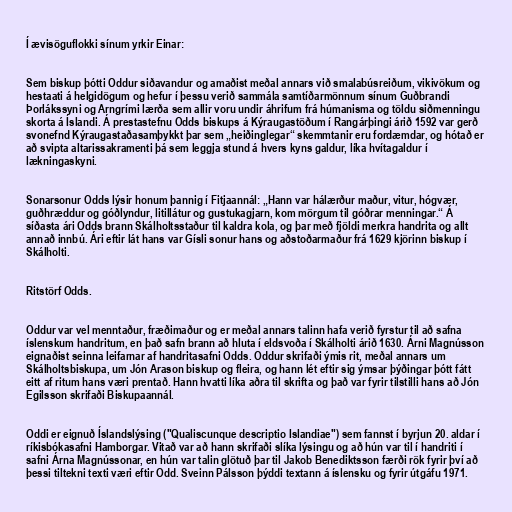
Í ævisöguflokki sínum yrkir Einar:

Sem biskup þótti Oddur siðavandur og amaðist meðal annars við smalabúsreiðum, vikivökum og
hestaati á helgidögum og hefur í þessu verið sammála samtíðarmönnum sínum Guðbrandi
Þorlákssyni og Arngrími lærða sem allir voru undir áhrifum frá húmanisma og töldu siðmenningu
skorta á Íslandi. Á prestastefnu Odds biskups á Kýraugastöðum í Rangárþingi árið 1592 var gerð
svonefnd Kýraugastaðasamþykkt þar sem „heiðinglegar“ skemmtanir eru fordæmdar, og hótað er
að svipta altarissakramenti þá sem leggja stund á hvers kyns galdur, líka hvítagaldur í
lækningaskyni.

Sonarsonur Odds lýsir honum þannig í Fitjaannál: „Hann var hálærður maður, vitur, hógvær,
guðhræddur og góðlyndur, litillátur og gustukagjarn, kom mörgum til góðrar menningar.“ Á
síðasta ári Odds brann Skálholtsstaður til kaldra kola, og þar með fjöldi merkra handrita og allt
annað innbú. Ári eftir lát hans var Gísli sonur hans og aðstoðarmaður frá 1629 kjörinn biskup í
Skálholti.

Ritstörf Odds.

Oddur var vel menntaður, fræðimaður og er meðal annars talinn hafa verið fyrstur til að safna
íslenskum handritum, en það safn brann að hluta í eldsvoða í Skálholti árið 1630. Árni Magnússon
eignaðist seinna leifarnar af handritasafni Odds. Oddur skrifaði ýmis rit, meðal annars um
Skálholtsbiskupa, um Jón Arason biskup og fleira, og hann lét eftir sig ýmsar þýðingar þótt fátt
eitt af ritum hans væri prentað. Hann hvatti líka aðra til skrifta og það var fyrir tilstilli hans að Jón
Egilsson skrifaði Biskupaannál.

Oddi er eignuð Íslandslýsing ("Qualiscunque descriptio Islandiae") sem fannst í byrjun 20. aldar í
ríkisbókasafni Hamborgar. Vitað var að hann skrifaði slíka lýsingu og að hún var til í handriti í
safni Árna Magnússonar, en hún var talin glötuð þar til Jakob Benediktsson færði rök fyrir því að
þessi tiltekni texti væri eftir Odd. Sveinn Pálsson þýddi textann á íslensku og fyrir útgáfu 1971.